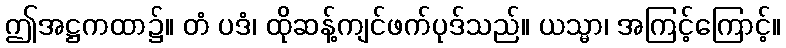
ဤအဋ္ဌကထာ၌။ တံ ပဒံ၊ ထိုဆန့်ကျင်ဖက်ပုဒ်သည်။ ယသ္မာ၊ အကြင့်ကြောင့်။